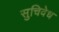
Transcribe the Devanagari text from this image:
सुचिवेध